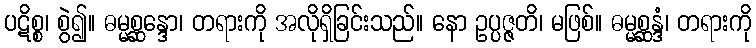
ပဋိစ္စ၊ စွဲ၍။ ဓမ္မစ္ဆန္ဒော၊ တရားကို အလိုရှိခြင်းသည်။ နော ဥပ္ပဇ္ဇတိ၊ မဖြစ်။ ဓမ္မစ္ဆန္ဒံ၊ တရားကို